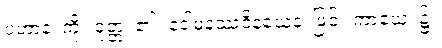
ပဟာနံ၊ ကို။ ဝုတ္တံ၊ ၏။ ဒေါမနဿဝိနယေန၊ ဖြင့်။ ကာယေ၊ ၌။